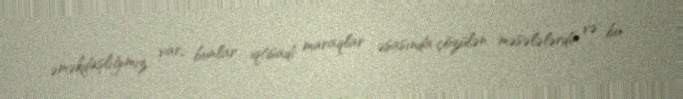
əməkdaşlığımız var, bunlar iqtisadi maraqlar əsasında çözülən məsələlərdir və bu